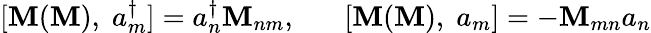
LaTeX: [{\cal\mathbf{M}}(\mathbf{M}),\; a_{m}^{\dagger}]=a_{n}^{\dagger}\mathbf{M}_{nm},\; \; \; \; \; \; [{\cal\mathbf{M}}(\mathbf{M}),\; a_{m}]=-\mathbf{M}_{mn}a_{n}